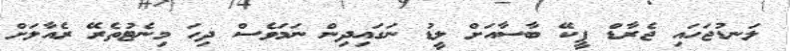
ލަނޑުޖަހައި ޖެރާޑް ޕީކޭ ބާސާއަށް ލީޑު ނަގައިދިން ނަމަވެސް ދިހަ މިނެޓުތެރޭ ރެއާލަށް